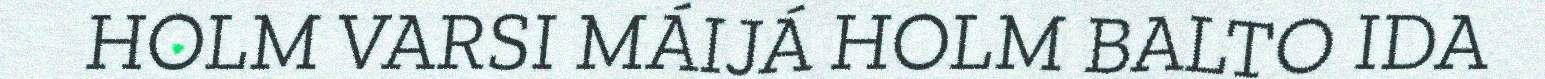
HOLM VARSI MÁIJÁ HOLM BALTO IDA